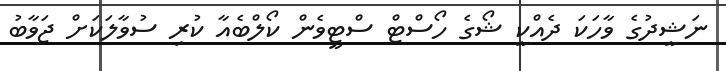
ނަޝީދުގެ ވާހަކަ ދެއްކީ ޝޯގެ ހޯސްޓް ސްޓީވެން ކޯލްބެއާ ކުރި ސުވާލަކަށް ޖަވާބު